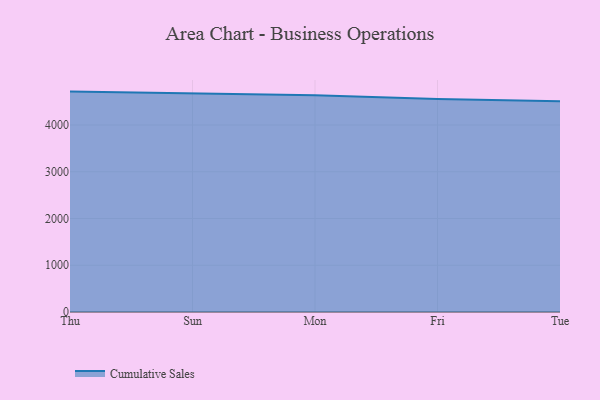
{"axis": {"x": "Day", "y": "Customer Acquisition Cost (USD)"}, "legend": ["Cumulative Sales"], "data": [{"x": "Thu", "y": 4714.3, "type": "Cumulative Sales"}, {"x": "Sun", "y": 4679.8, "type": "Cumulative Sales"}, {"x": "Mon", "y": 4637.3, "type": "Cumulative Sales"}, {"x": "Fri", "y": 4556.4, "type": "Cumulative Sales"}, {"x": "Tue", "y": 4510.1, "type": "Cumulative Sales"}]}